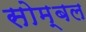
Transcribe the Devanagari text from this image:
सोम्बल